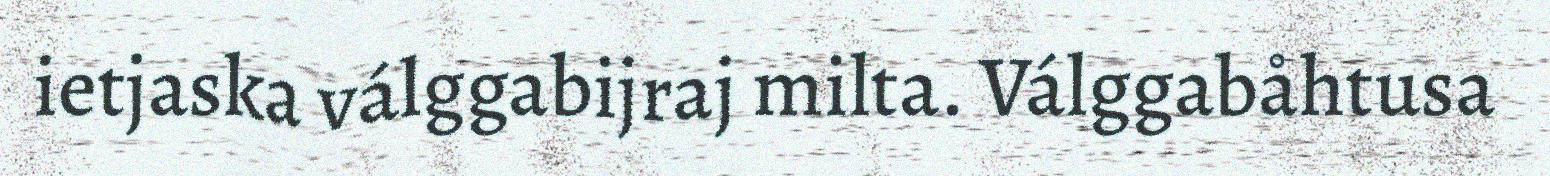
ietjaska válggabijraj milta. Válggabåhtusa